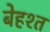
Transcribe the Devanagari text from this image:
बेहश्त